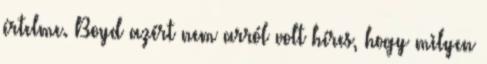
értelme. Boyd azért nem arról volt híres, hogy milyen